Annual report of the Central Committee of the Association together with the report of the directors of the Pasteur Institute at Kasauli
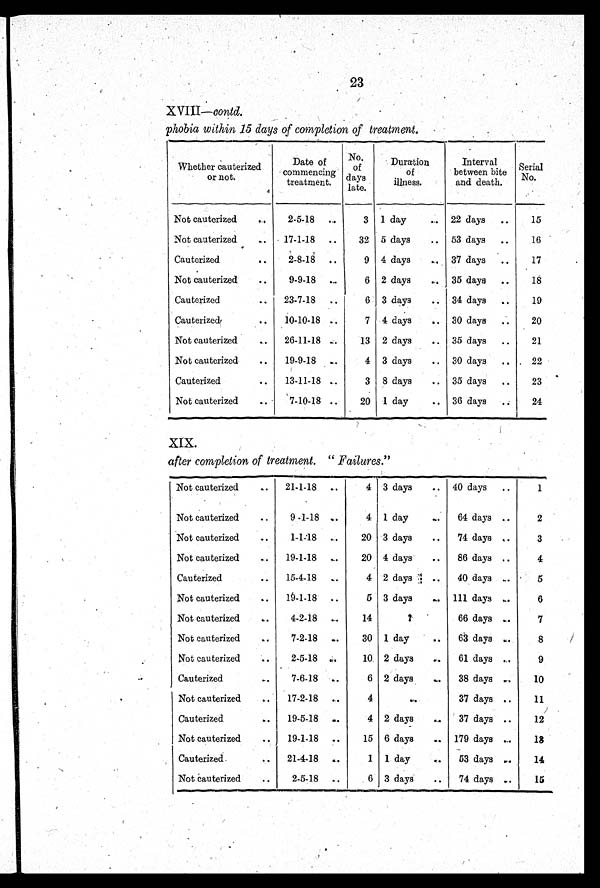
23
c o n t d .
phobia within 15 days of completion of treatment.
Whether cauterized
or not.
Date of
commencing
treatment.
No
. o f d a y s
Duration
of
illness.
Interval
between bite
and death.
Serial
No.
Not cauterized
..
2-5-18 ..
3 1 day
.. 22 days ..
15
Not cauterized
..
17-1-18 ..
32 5 days
.. 53 days ..
16
Cauterized
..
2-8-18 ..
9 4 days
..
37 days ..
17
Not cauterized
..
9-9-18
. .
6 2 days
.. 35 days ..
18
Cauterized
.. 23-7-18 ..
6 3 days
.. 34 days ..
19
Cauterized
..
10-10-18 ..
7 4 days
.. 30 days ..
20
Not cauterized
26-11-18 . .
13 2 days
.. 35 days ..
21
Not cauterized
..
19-9-18
..
4 3 days
.. 30 days ..
22
Cauterized
..
13-11-18 ..
3 8 days
.. 35 days ..
23
Not cauterized
7-10-18 ..
20 1 day
.. 36 days ..
24
XIX.
after completion of treatment. " Failures."
Not cauterized
.. 21-1-18 ..
4 3 days
.. 40 days ..
1
Not cauterized
..
9-1-18
. .
4 1 day
. . 64 days ..
2
Not cauterized
..
1-1-18
20 3 days
..
74 days ..
3
Not cauterized
..
19-1-18
. .
20 4 days
..
86 days ..
4
Cauterized
15-4-18 ..
4 2 days
.. 40 days
. .
5
Not cauterized
..
19-1-18 ..
5 3 days
.. 111 days ..
6
Not cauterized
..
4-2-18
..
14
?
66 days ..
7
Not cauterized
..
7-2-18 ..
30 1 day
..
63 days
..
8
Not cauterized ..
2-5-18
..
10 2 days
..
61 days
..
9
Cauterized
..
7-6-18 ..
6 2 days
. . 38 days
..
10
Not cauterized
..
17-2-18
4
..
37 days ..
11
Cauterized
..
19-5-18
..
4 2 days
..
37 days ..
12
Not cauterized
..
19-1-18 ..
15 6 days
.. 179 days
..
1 3
Cauterized.
.. 21-4-18 ..
1 1 day
..
53 days ..
14
Not cauterized
..
2-5-18 ..
6 3 days
..
74 days ..
15